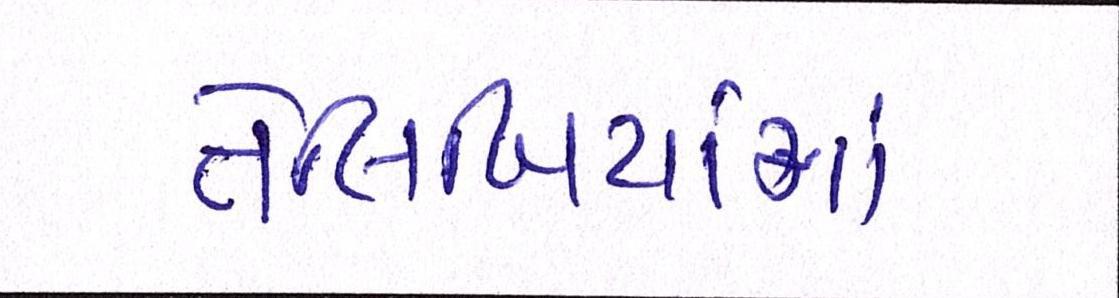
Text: તેલિબિયાંમાં